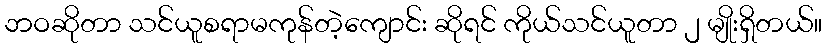
ဘဝဆိုတာ သင်ယူစရာမကုန်တဲ့ကျောင်း ဆိုရင် ကိုယ်သင်ယူတာ ၂ မျိုးရှိတယ်။